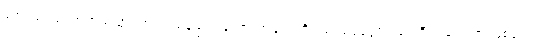
အေဿာသုံ၊ အဘယ်သို့ ကြားကုသနည်း။ ဘော၊ အချင်းတို့။ သကျပုတ္တော၊ သာကီဝင်မင်းသားဖြစ်သော။